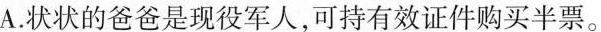
A.状状的爸爸是现役军人，可持有效证件购买半票。